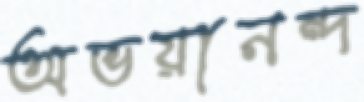
অভয়ানন্দ